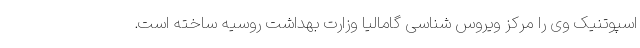
اسپوتنیک وی را مرکز ویروس شناسی گامالیا وزارت بهداشت روسیه ساخته است.